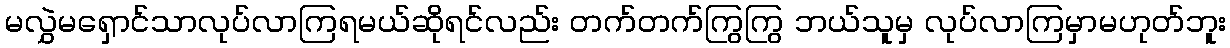
မလွှဲမရှောင်သာလုပ်လာကြရမယ်ဆိုရင်လည်း တက်တက်ကြွကြွ ဘယ်သူမှ လုပ်လာကြမှာမဟုတ်ဘူး